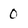
Character: 0